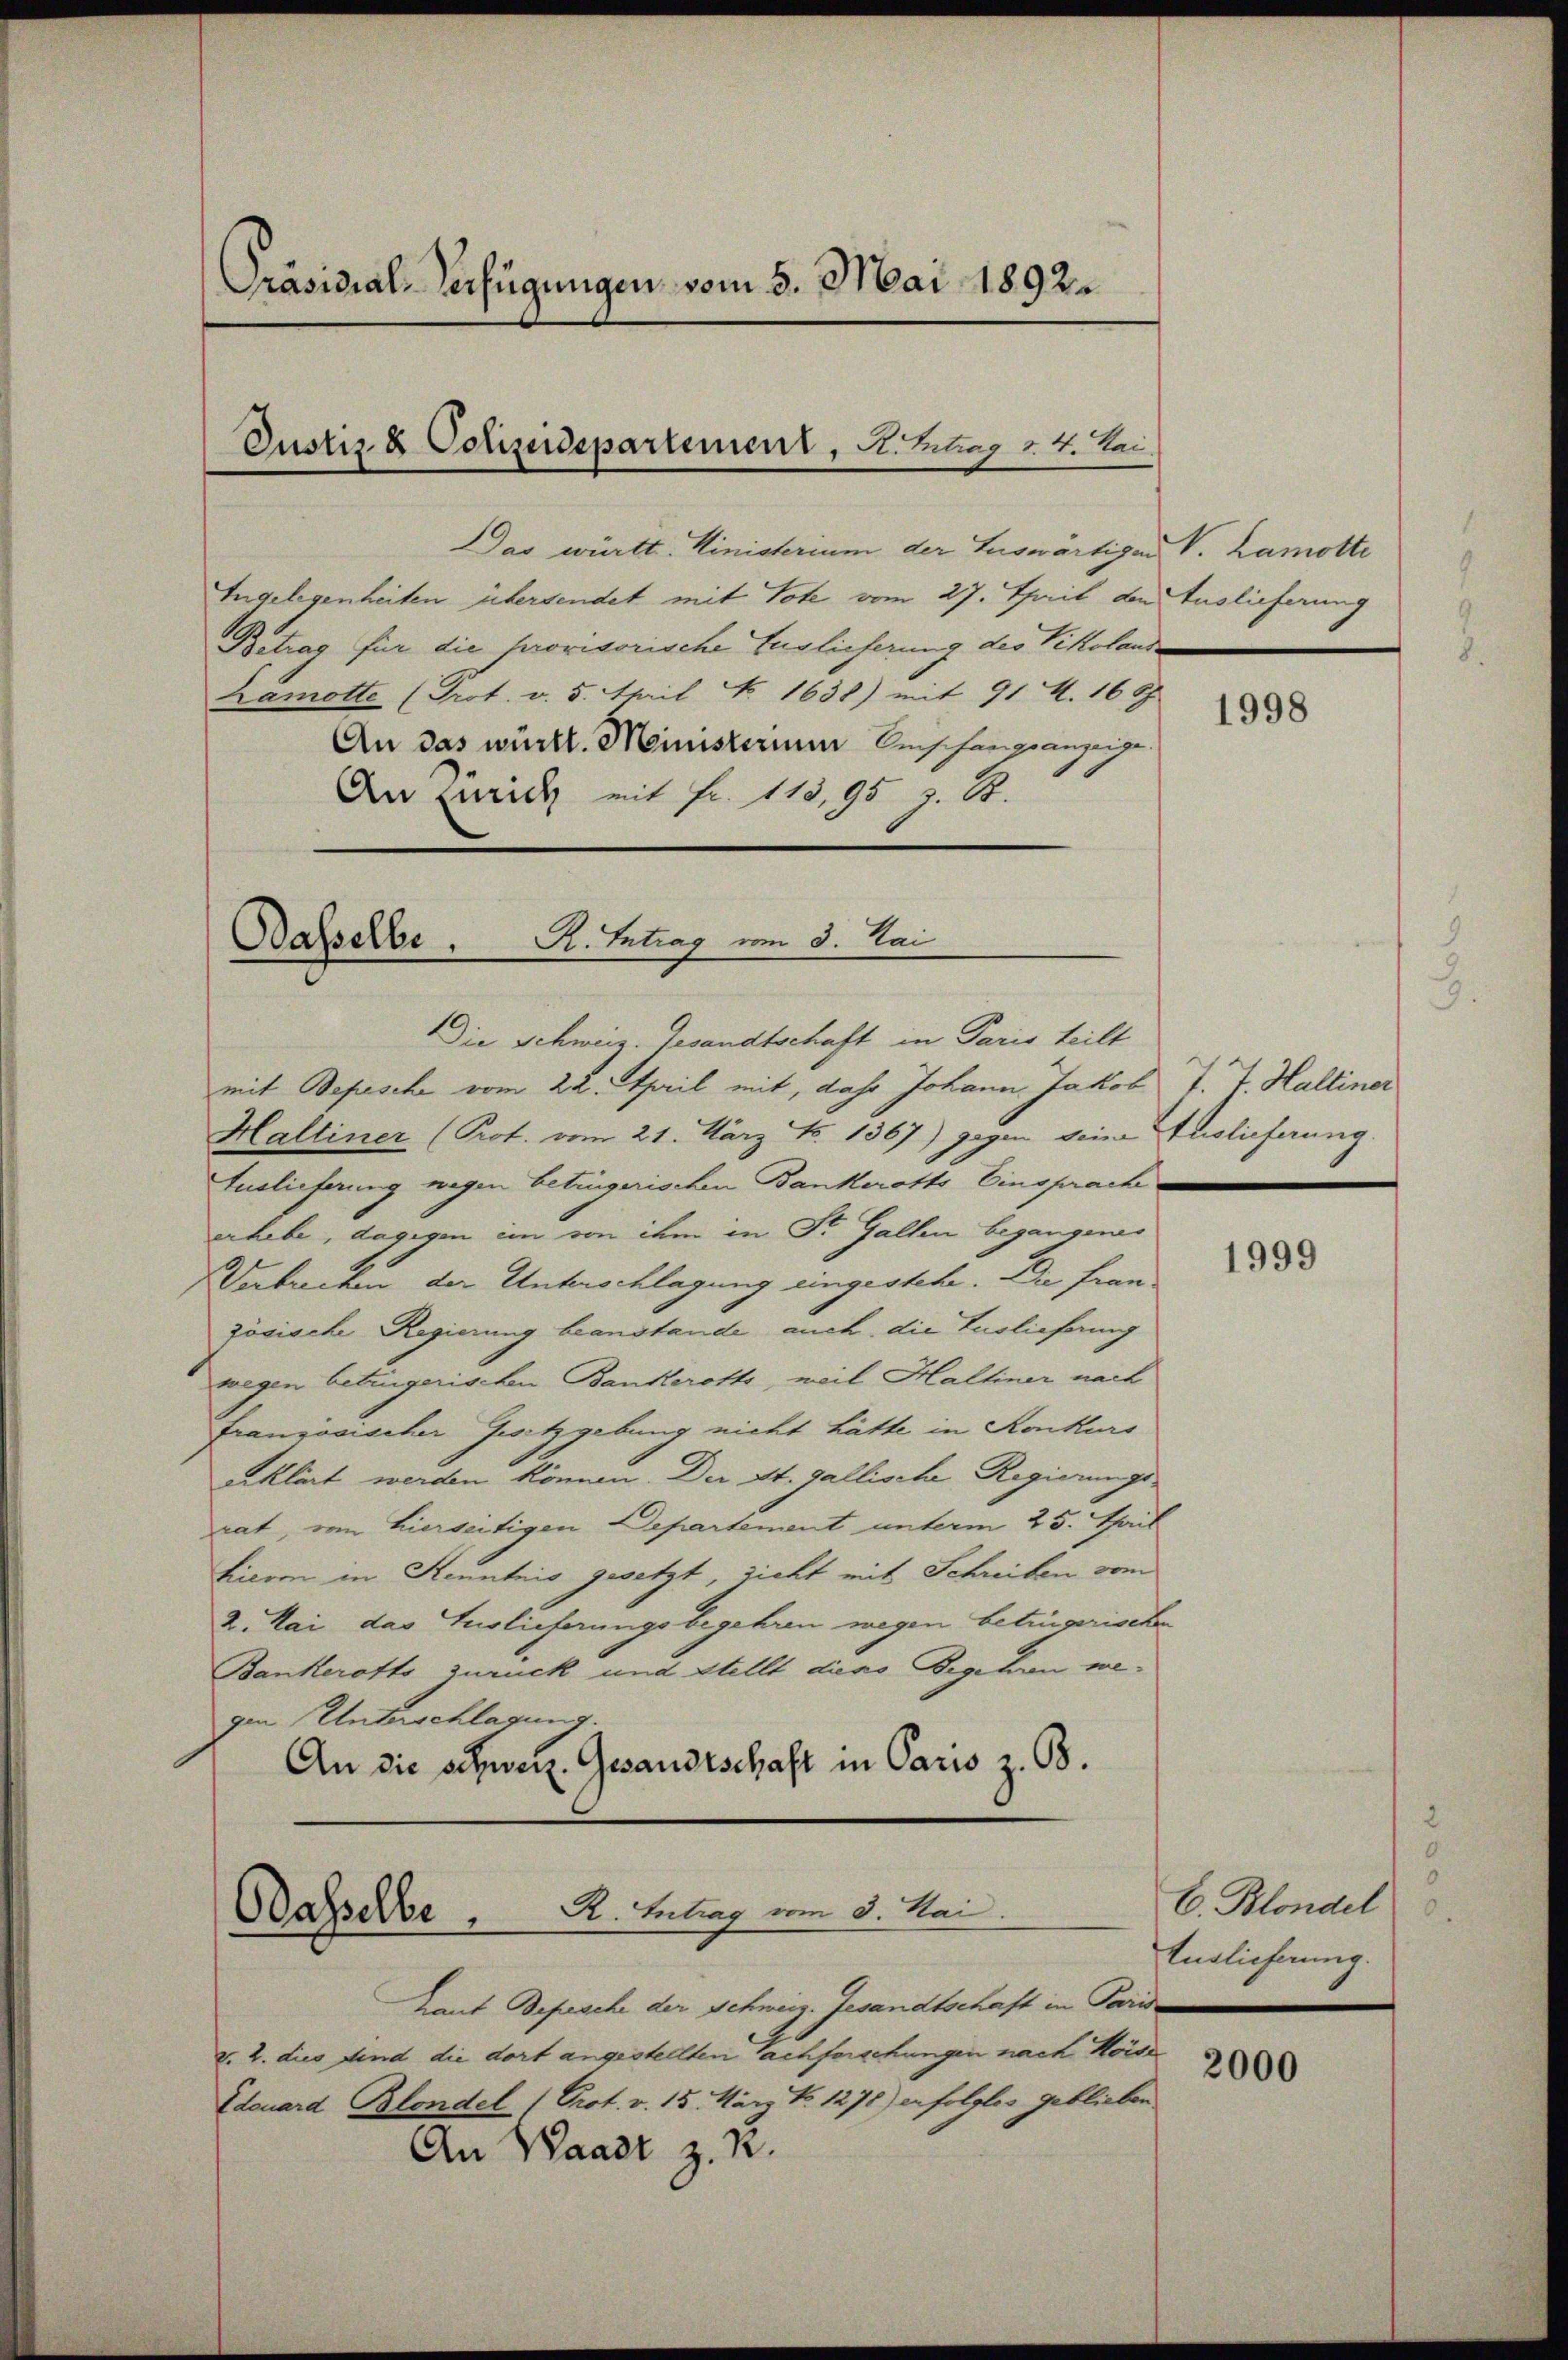
Präsidial-Verfügungen vom 5. Mai 1892.

Das württ. Ministerium der Auswärtigen V. Lamotte
Angelegenheiten übersendet mit Tote vom 27. Theil den Auslieferung
Betrag für die provisorische Auslieferung des Vikolande
Lamotte (Prot. v. 5. April No 1638) mit 91 Z. 1667
An das württ. Ministerium Anschang anzeige.
An Zürich mit fr. 118, 95 z. B.

Justiz & Polizeidepartement, H. Betrag 24. Mai.

Dasselbe. H. Antrag um 3. Mai

Laut Bepesche der Schweiz. Gesandtschaft in Paris
v. 2. dies sind die dort angestellten Tachforschungen nach Hörse
Edouard Blondel (Orot. v. 15. März No. 1278) erfolglos geblieben
An Waadt z. R.

DDie Schweiz. Gesandtschaft in Paris teilt
mit Depesche vom 22. April mit, das Johann Jakob J. J. Halliner
Haltiner (Prot. vom 21. März S. 1367) gegen seine Auslieferung.
Euslieferung wegen betrügerischen Bankerotts Einspracherhebe, dagegen im von ihm in Dr. Gallen begangenes
Verbrechen der Unterschlagung eingestehe. Die französische Regierung beanstande auch die Auslieferung
wegen betrügerischen Bankeroth, weil Haltiner nach
französischer Gesetzgebung nicht hätte in Konkurs
erklärt werden können. Der St. Gallische Regierungsrat, von hierseitigen Departement unterm 25. Teil
fieren in Kenntnis gesetzt, sicht mit Schreiben vom
2. Mai das Auslieferungsbegehren wegen betrügerischen
Bankerotts zurück und Stellt dieso Begehren wegen Unterschlagung.
An die schweiz. Gesandtschaft in Paris z. B.

Basselbe . A. Betrag vom 3. Mai.

1998

1999

E. Blondel
Auslieferung.

2000